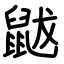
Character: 鼥